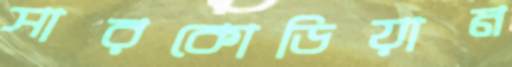
সারকোডিয়ান